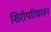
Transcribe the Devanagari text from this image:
शिरोपरिधावन